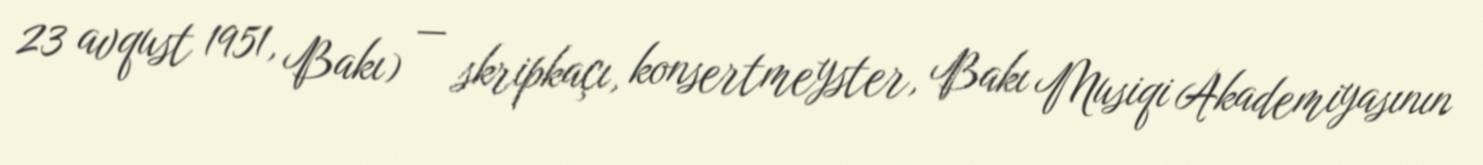
23 avqust 1951, Bakı) — skripkaçı, konsertmeyster, Bakı Musiqi Akademiyasının